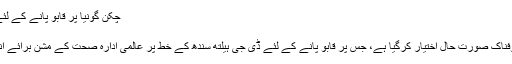
چکن گونیا پر قابو پانے کے لئے عالمی ادارہ صحت کی ٹیم کراچی پہنچ گئی
منگل, 02 مئی 2017 16:15
کراچی: شہر قائد میں چکن گونیا کا مرض خوفناک صورت حال اختیار کرگیا ہے، جس پر قابو پانے کے لئے ڈی جی ہیلتھ سندھ کے خط پر عالمی ادارہ صحت کے مشن برائے انسداد چکن گونیا کا 9 رکنی وفد پہنچ چکا ہے۔